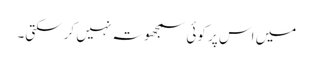
میں اس پر کوئی سمجھوتہ نہیں کرسکتی۔